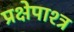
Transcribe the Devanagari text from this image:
प्रक्षेपाश्त्र